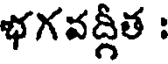
భగవద్గీత :